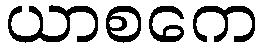
ယာစကေ